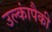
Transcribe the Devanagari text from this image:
उल्कांपैकी